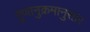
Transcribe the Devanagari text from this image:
गुणानुक्रमानुसार